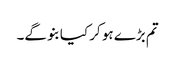
تم بڑے ہو کر کیا بنو گے۔